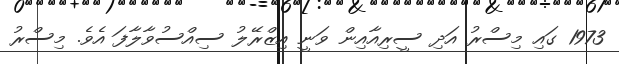
1973 ގައި މިސްރު އަދި ސީރިއާއިން ވަނީ އިޒްރޭލު ސިއްސުވާލާފަ އެވެ. މިސްރު